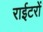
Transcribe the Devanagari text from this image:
राईटरों